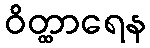
ဝိတ္ထာရေန